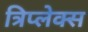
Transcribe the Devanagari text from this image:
त्रिप्लेक्स